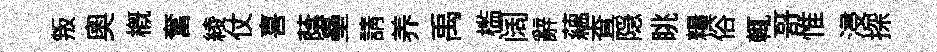
叛奧概奮綾仗喜蔭壘請养禹槛阔辭蘊查隠眺糧俗輒哥惟浸探